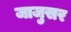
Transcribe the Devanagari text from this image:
जाजुसर